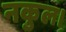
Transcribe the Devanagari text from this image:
नकुल।